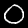
Digit: 0